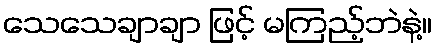
သေသေချာချာ ဖြင့် မကြည့်ဘဲနဲ့။